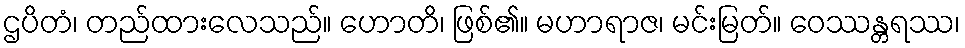
ဌပိတံ၊ တည်ထားလေသည်။ ဟောတိ၊ ဖြစ်၏။ မဟာရာဇ၊ မင်းမြတ်။ ဝေဿန္တရဿ၊